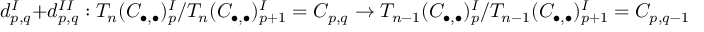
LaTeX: d _ { p , q } ^ { I } + d _ { p , q } ^ { I I } : T _ { n } ( C _ { \bullet , \bullet } ) _ { p } ^ { I } / T _ { n } ( C _ { \bullet , \bullet } ) _ { p + 1 } ^ { I } = C _ { p , q } \rightarrow T _ { n - 1 } ( C _ { \bullet , \bullet } ) _ { p } ^ { I } / T _ { n - 1 } ( C _ { \bullet , \bullet } ) _ { p + 1 } ^ { I } = C _ { p , q - 1 }